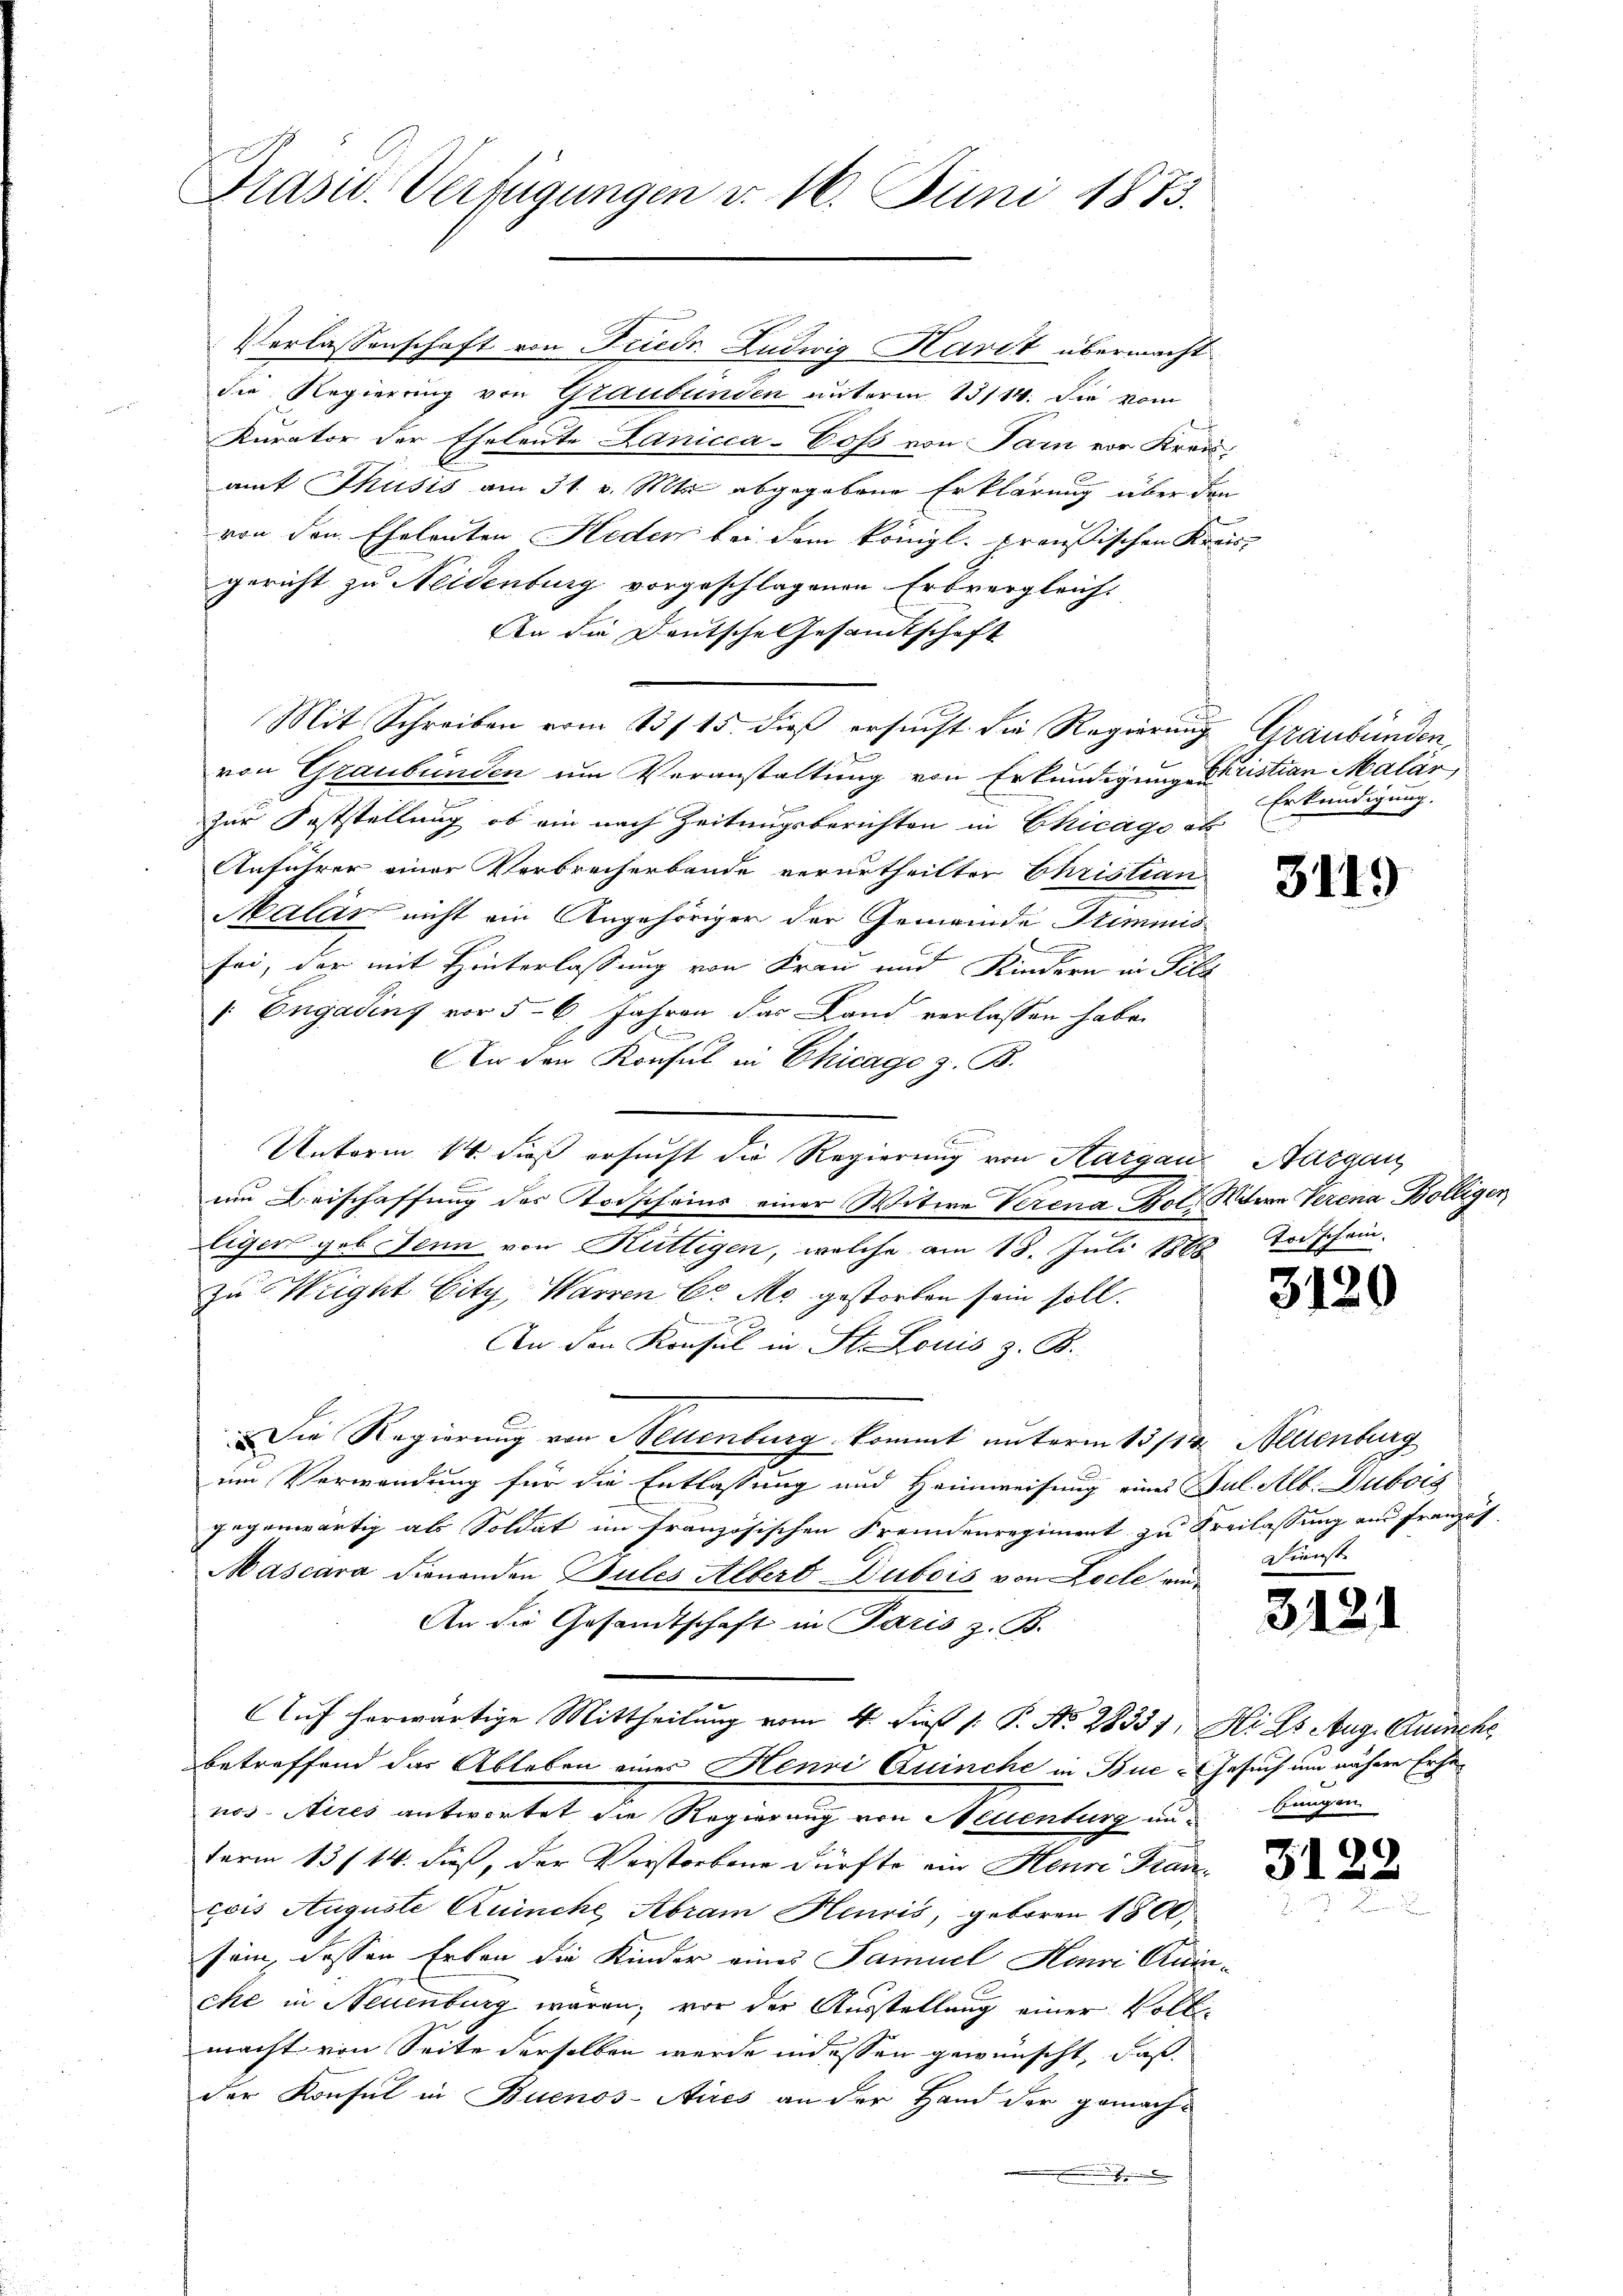
Prasid-Verfügungen v. 16. Juni 1873.

Verlassenschaft von Friedr. Ludwig Kavit übermacht
die Regierung von Graubünden unterm 13/14. Die vom
Kurator der Eheleute Lanicca-Coss von Jam vor Kreis
amt Thusis am 31. v. Mts. abgegebene Erklärung über den
von den Eheleuten Heder bei dem königl. preußischen Kreis-
gericht zu Neidenburg vorgeschlagenen Erbvergleichs
An die Deutsche Gesandtschaft
Mit Schreiben vom 13. 15. dieß ersucht die Regierung Graubünden,
von Graubünden um Veranstaltung von Erkundigung Juristian Malár,
zur Poststellung, ob ein nach Zeitungsberichten in Chicago et
Anführer einer Verbrecherbande verurtheilter Christian
Malas nicht ein Angehöriger der Gemeinde Stimmis
sei, der mit Hinterlassung von Frau und Kindern in Pila
Engadinz vor 5-6 Jahren das Land verlassen habe.
u
E
An den Konsul in Chicage z. B.
Unterm 14. dieß ersucht die Regierung von Aargau, Aargau
.
um Beischaffung des Todscheins einer Witwe Verena Kot. Mitern Verena Bölligen
liger geb. Jenn von Kuttigen, welche am 18. Juli 1888 Todschein.
zu Weight Eity, Warren C. M. gestorben sein soll.
An den Konsul in St. Louis z. B.
Die Regierung von Neuenburg kommt unterm 13ten Neuenburg
im Verwendung für die Entlassung und Heimweisung eines Jul. Alb. Dubois
gegenwärtig als Soldat im französischen Fremdenregiment zu Freilassung und Französ
Mascara dienenden Pules Albert Dubois von Loche ein¬
An die Gesandtschaft in Paris z. B.
Auf herwärtige Mittheilung vom 4. dieß 1: P. No. 28337, Kies Aug. Quinche
betreffend das Ableben einer Henri Quinche in Bue-Gesuch um nähere Erhenos Aires antwortet die Regierung von Nellenburg in bangen.
term 13/14. dieß, der Verstorbene dürfte ein Heure Frau de
cois Auguste Ruinche Abram Henris, geboren 1800,
sein, dessen Erben die Kinder eines Samuel Honni Quin-
che in Neuenburg wären; vor der Ausstellung einer Vollmacht von Seite derselben werde indessen gewünscht, daß
der Konsul in Buenos-Aires an der Hand der gemache

Erkundigung.

3119

3120

Dienste

3121